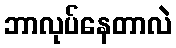
ဘာလုပ်နေတာလဲ